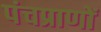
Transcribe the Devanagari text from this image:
पंचप्राणों